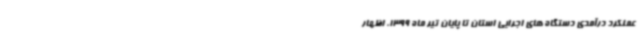
عملکرد درآمدی دستگاه های اجرایی استان تا پایان تیر ماه 1399، اظهار